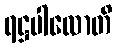
ရဋ္ဌပါလောတိ